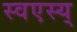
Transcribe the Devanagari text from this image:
स्वएस्य्